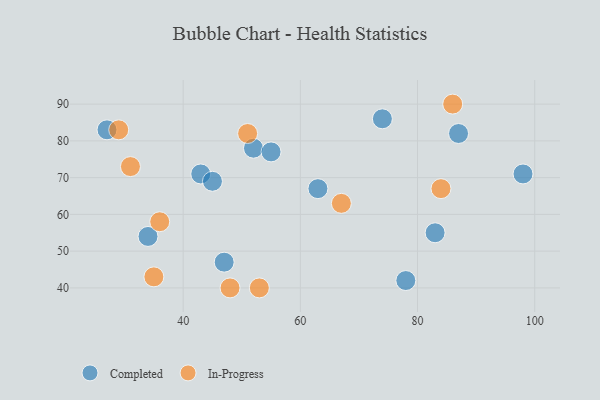
{"axis": {"x": "GDP", "y": "Life Expectancy"}, "legend": ["Completed", "In-Progress"], "data": [{"x": "27", "y": 83, "type": "Completed"}, {"x": "34", "y": 54, "type": "Completed"}, {"x": "52", "y": 78, "type": "Completed"}, {"x": "98", "y": 71, "type": "Completed"}, {"x": "43", "y": 71, "type": "Completed"}, {"x": "55", "y": 77, "type": "Completed"}, {"x": "83", "y": 55, "type": "Completed"}, {"x": "87", "y": 82, "type": "Completed"}, {"x": "63", "y": 67, "type": "Completed"}, {"x": "45", "y": 69, "type": "Completed"}, {"x": "74", "y": 86, "type": "Completed"}, {"x": "78", "y": 42, "type": "Completed"}, {"x": "47", "y": 47, "type": "Completed"}, {"x": "84", "y": 67, "type": "In-Progress"}, {"x": "86", "y": 90, "type": "In-Progress"}, {"x": "36", "y": 58, "type": "In-Progress"}, {"x": "67", "y": 63, "type": "In-Progress"}, {"x": "48", "y": 40, "type": "In-Progress"}, {"x": "51", "y": 82, "type": "In-Progress"}, {"x": "53", "y": 40, "type": "In-Progress"}, {"x": "31", "y": 73, "type": "In-Progress"}, {"x": "29", "y": 83, "type": "In-Progress"}, {"x": "35", "y": 43, "type": "In-Progress"}]}